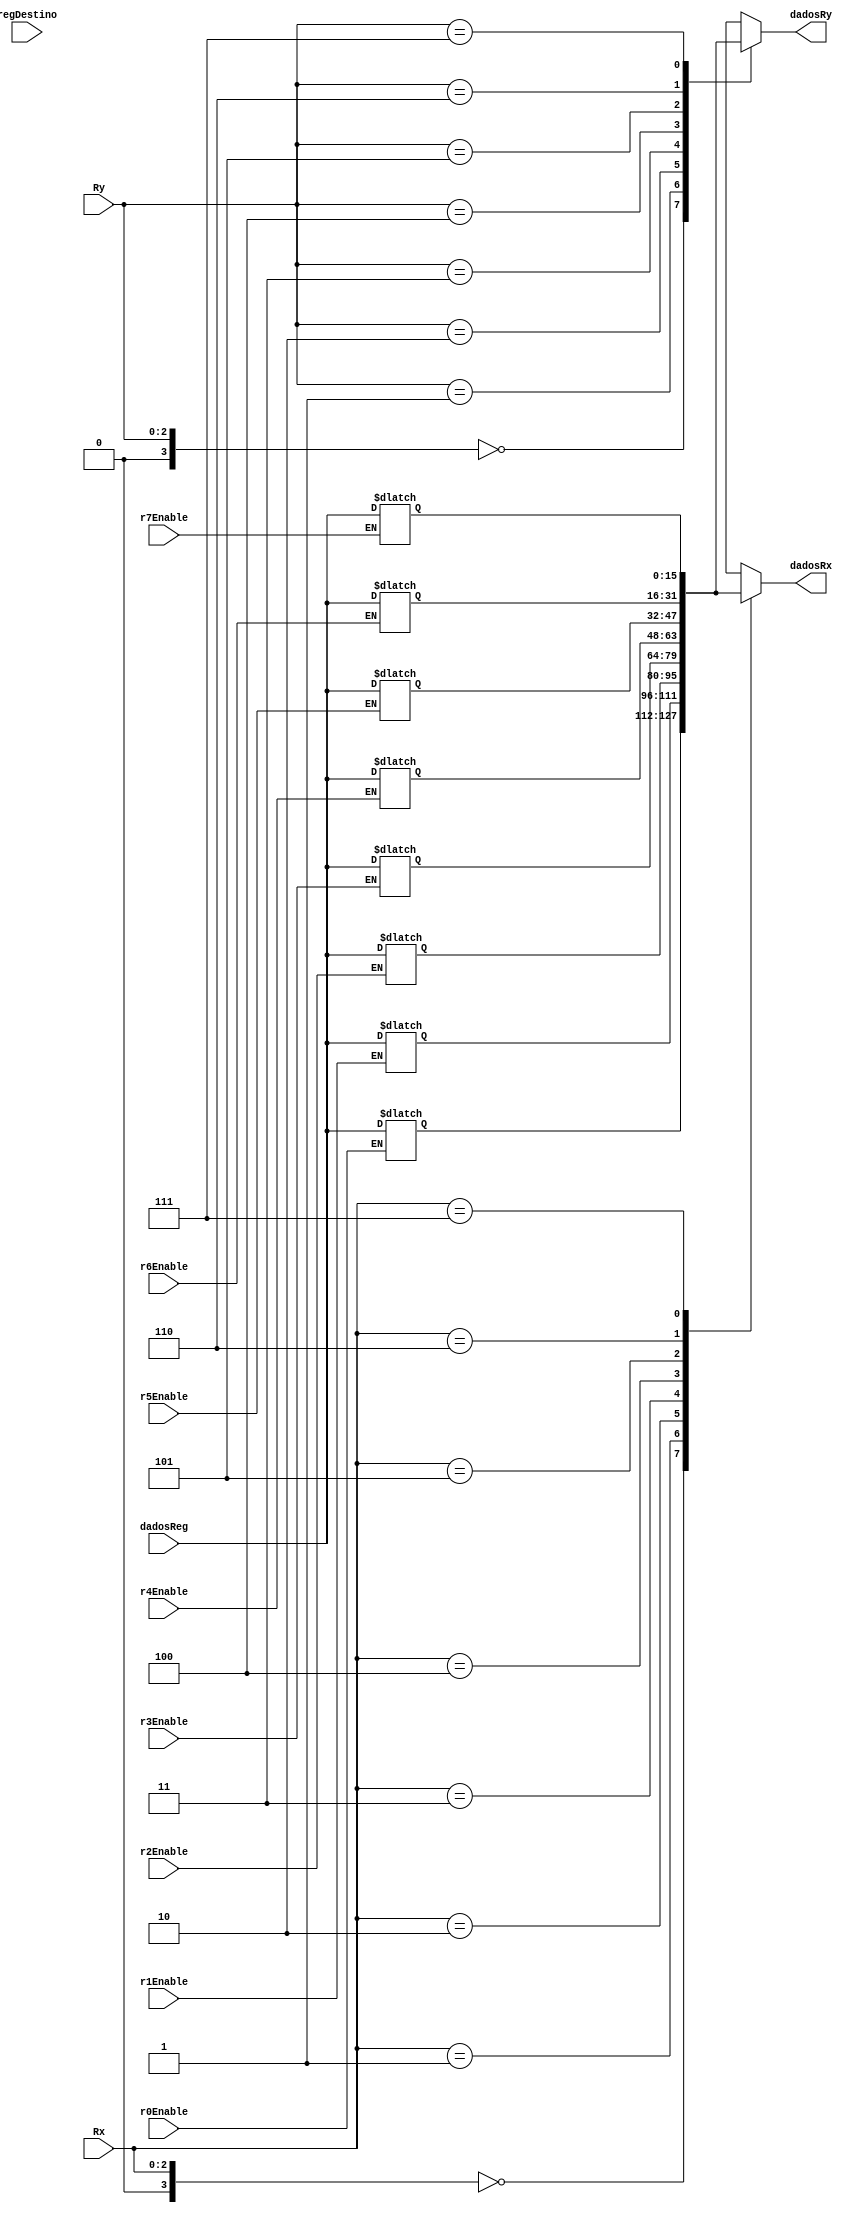
module bancoRegistradores(Rx, Ry, regDestino, dadosReg,
                          r0Enable, r1Enable, r2Enable, r3Enable,
                          r4Enable, r5Enable, r6Enable, r7Enable,
                          dadosRx, dadosRy);
  input [2:0]Rx, Ry, regDestino;
  input r0Enable, r1Enable, r2Enable, r3Enable,
        r4Enable, r5Enable, r6Enable, r7Enable;
  input [15:0]dadosReg;
  output [15:0]dadosRx, dadosRy;
  reg[15:0] R[15:0];
  
  assign dadosRx = R[Rx];
  assign dadosRy = R[Ry];

  always @(regDestino) begin
    if(r0Enable) R[0] <= dadosReg;
    if(r1Enable) R[1] <= dadosReg;
    if(r2Enable) R[2] <= dadosReg;
    if(r3Enable) R[3] <= dadosReg;
    if(r4Enable) R[4] <= dadosReg;
    if(r5Enable) R[5] <= dadosReg;
    if(r6Enable) R[6] <= dadosReg;
    if(r7Enable) R[7] <= dadosReg;
  end
  initial begin
	R[0] <= 0;
	R[1] <= 1;
	R[2] <= 2;
	R[3] <= 3;
	R[4] <= 4;
	R[5] <= 5;
	R[6] <= 6;
	R[7] <= 7;
  end
endmodule